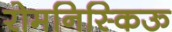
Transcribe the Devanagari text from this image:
रोमनिस्किऊ